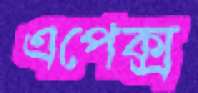
এপেক্স